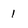
Character: 1